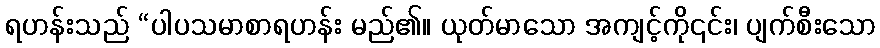
ရဟန်းသည် “ပါပသမာစာရဟန်း မည်၏။ ယုတ်မာသော အကျင့်ကို၎င်း၊ ပျက်စီးသော